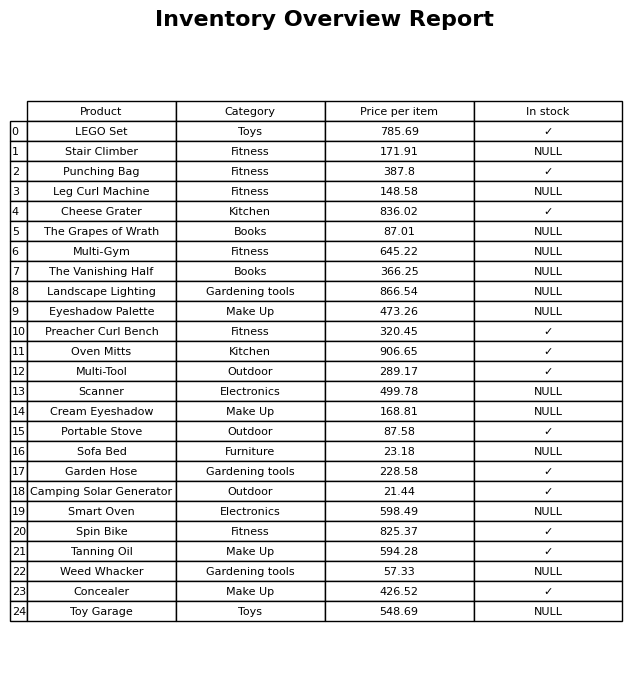
question: Is the Stair Climber in stock?
answer: NULL